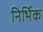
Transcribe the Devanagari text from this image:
निर्भिक